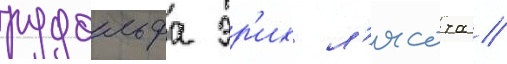
рудольфа эр'их л'ясота //